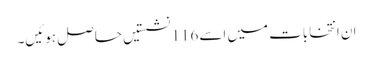
ان انتخابات میں اسے 116 نشستیں حاصل ہوئیں۔